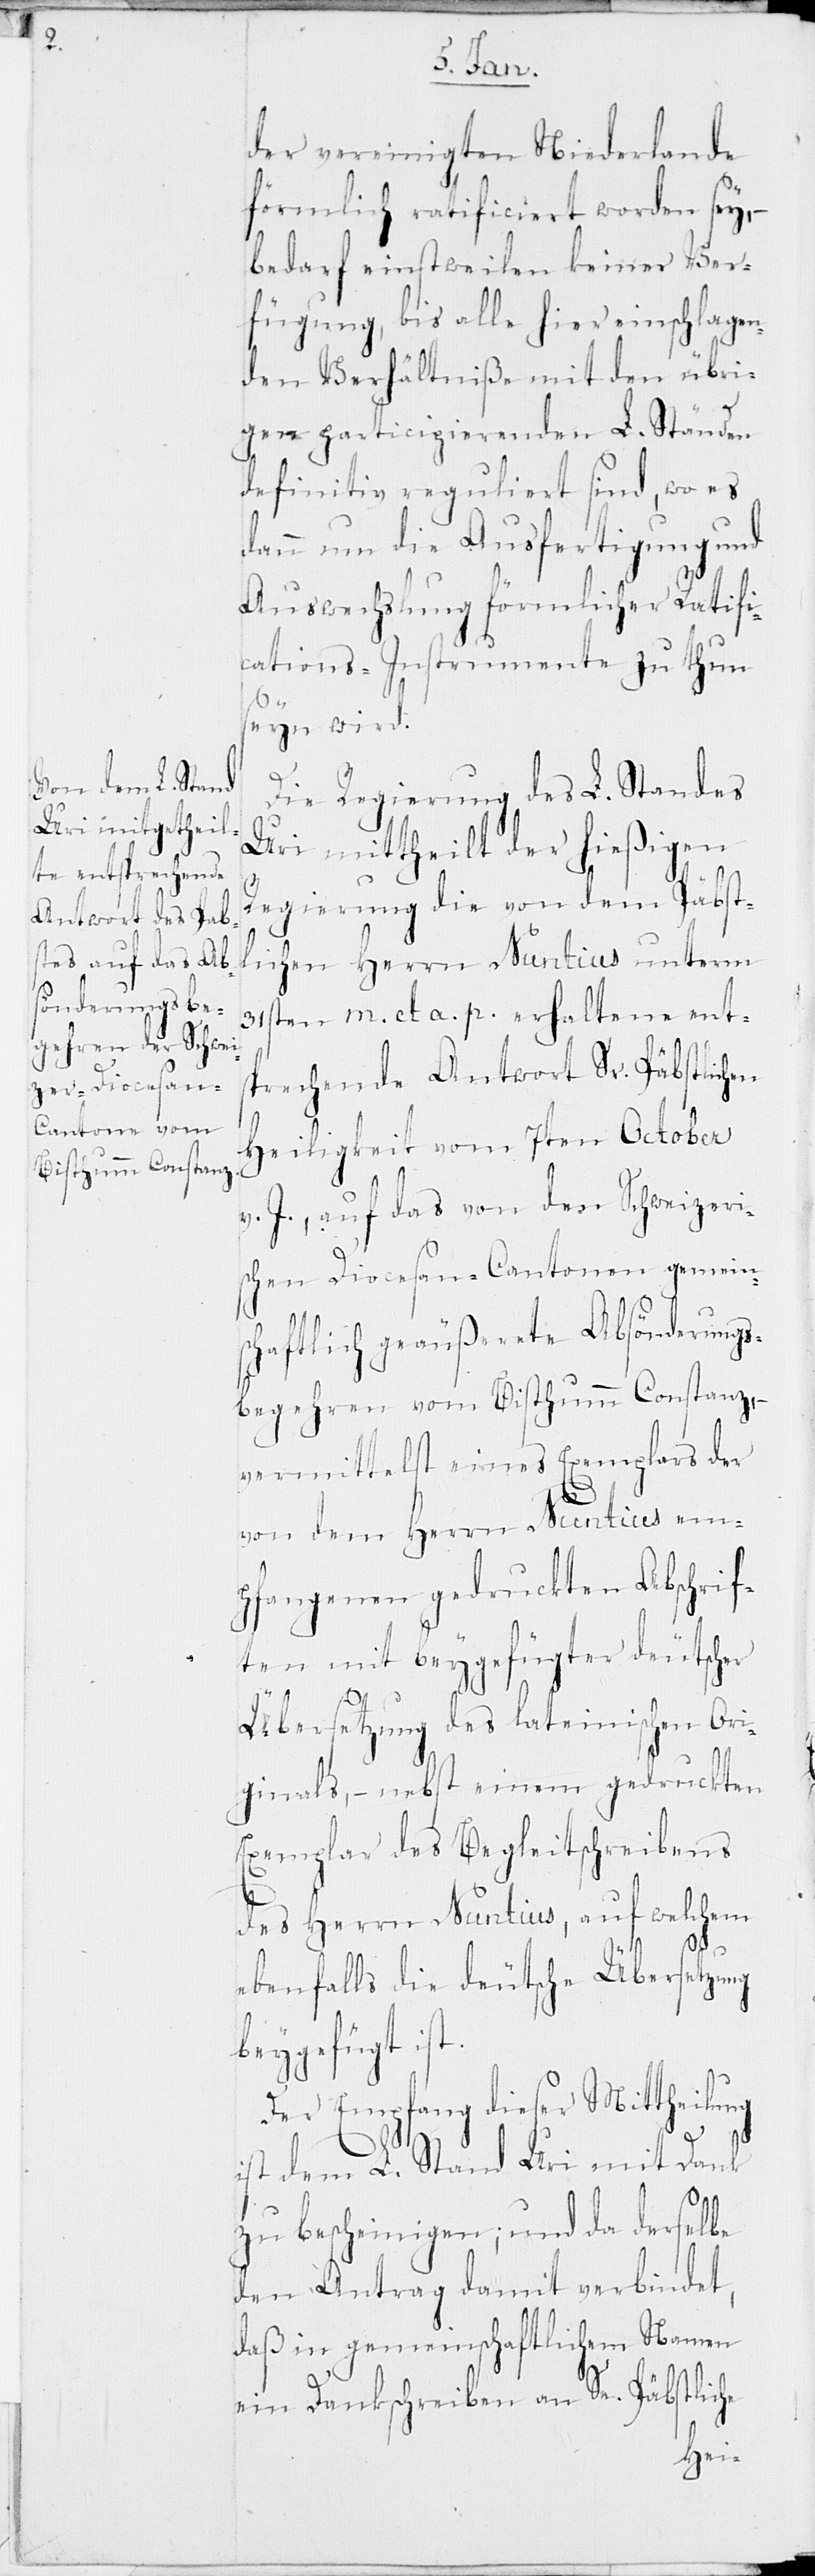
der vereinigten Niederlande
förmlich ratificiert worden sey,
bedarf einstweilen keiner Ver¬
fügung, bis alle hier einschlagen¬
den Verhältniße mit den übri¬
gen participierenden L. Ständen
definitiv reguliert sind, wo es
dann um die Ausfertigung und
Auswechslung förmlicher Ratifi¬
cations-Instrumente zu thun
seyn wird.
Die Regierung des L. Standes
Uri mittheilt der hießigen
Regierung die von dem Päbst¬
lichen Herrn Nuntius unterm
31sten m. et a. p. erhaltene ent¬
sprechende Antwort Sr. Päbstlichen
Heiligkeit vom 7ten Oktober
v. J., auf das von den Schweizeri¬
schen Diocesan-Cantonen gemein¬
schaftlich geäußerete Absönderungs¬
begehren vom Bisthumm Constanz, –
vermittelst eines Exemplars der
von dem Herrn Nuntius em¬
pfangenen gedruckten Abschrif¬
ten mit beygefügter deutscher
Übersetzung des lateinischen Ori¬
ginals, – nebst einem gedruckten
Exemplar des Begleitschreibens
des Herrn Nuntius, auf welchem
ebenfalls die deutsche Übersetzung
beygefügt ist.
Der Empfang dieser Mittheilung
ist dem L. Stand Uri mit Dank
zu bescheinigen; und da derselbe
den Antrag damit verbindet,
daß in gemeinschaftlichem Namen
ein Dankschreiben an Se. Päbstliche